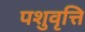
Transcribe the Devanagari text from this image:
पशुवृत्ति